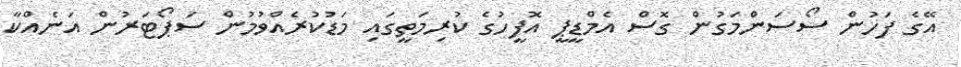
އޭގެ ފަހުން ސޯސަންމަގުން ގޮސް އެމްޑީޕީ އޮފީހުގެ ކުރިމަތީގައި މަޑުކުރެއްވުމުން ސަޕޯޓަރުން އަނެއްކާ